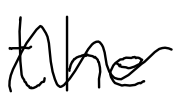
Text: the
Cross-out: wave
Writing tool: digital_black